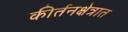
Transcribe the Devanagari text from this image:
कीर्तनक्षेत्रात